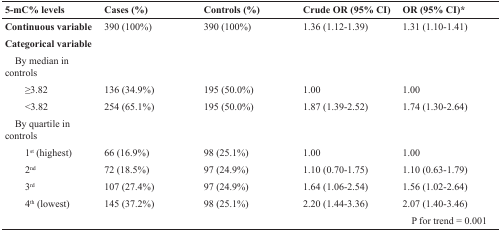
<table><thead><tr><td><b>5-mC% levels</b></td><td><b>Cases (%)</b></td><td><b>Controls (%)</b></td><td><b>Crude OR (95% CI)</b></td><td><b>OR (95% CI)*</b></td></tr></thead><tbody><tr><td><b>Continuous variable</b></td><td>390 (100%)</td><td>390 (100%)</td><td>1.36 (1.12-1.39)</td><td>1.31 (1.10-1.41)</td></tr><tr><td><b>Categorical variable</b></td><td></td><td></td><td></td><td></td></tr><tr><td> By median in controls</td><td></td><td></td><td></td><td></td></tr><tr><td>≥3.82</td><td>136 (34.9%)</td><td>195 (50.0%)</td><td>1.00</td><td>1.00</td></tr><tr><td>&lt;3.82</td><td>254 (65.1%)</td><td>195 (50.0%)</td><td>1.87 (1.39-2.52)</td><td>1.74 (1.30-2.64)</td></tr><tr><td> By quartile in controls</td><td></td><td></td><td></td><td></td></tr><tr><td>1<sup>st</sup> (highest)</td><td>66 (16.9%)</td><td>98 (25.1%)</td><td>1.00</td><td>1.00</td></tr><tr><td>2<sup>nd</sup></td><td>72 (18.5%)</td><td>97 (24.9%)</td><td>1.10 (0.70-1.75)</td><td>1.10 (0.63-1.79)</td></tr><tr><td>3<sup>rd</sup></td><td>107 (27.4%)</td><td>97 (24.9%)</td><td>1.64 (1.06-2.54)</td><td>1.56 (1.02-2.64)</td></tr><tr><td>4<sup>th</sup> (lowest)</td><td>145 (37.2%)</td><td>98 (25.1%)</td><td>2.20 (1.44-3.36)</td><td>2.07 (1.40-3.46)</td></tr><tr><td></td><td></td><td></td><td></td><td>P for trend = 0.001</td></tr></tbody></table>